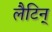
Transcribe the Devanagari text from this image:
लैटिन्